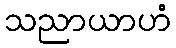
သညာယာဟံ